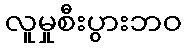
လူမှုစီးပွားဘဝ